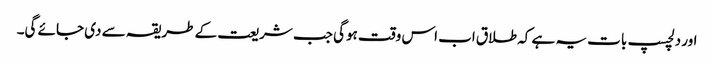
اور دلچسپ بات یہ ہے کہ طلاق اب اس وقت ہوگی جب شریعت کے طریقہ سے دی جائے گی۔